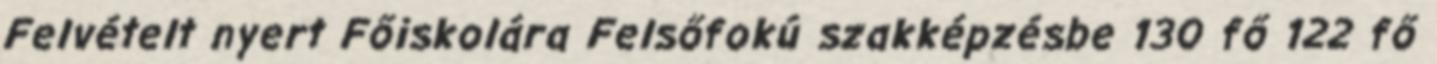
Felvételt nyert Főiskolára Felsőfokú szakképzésbe 130 fő 122 fő